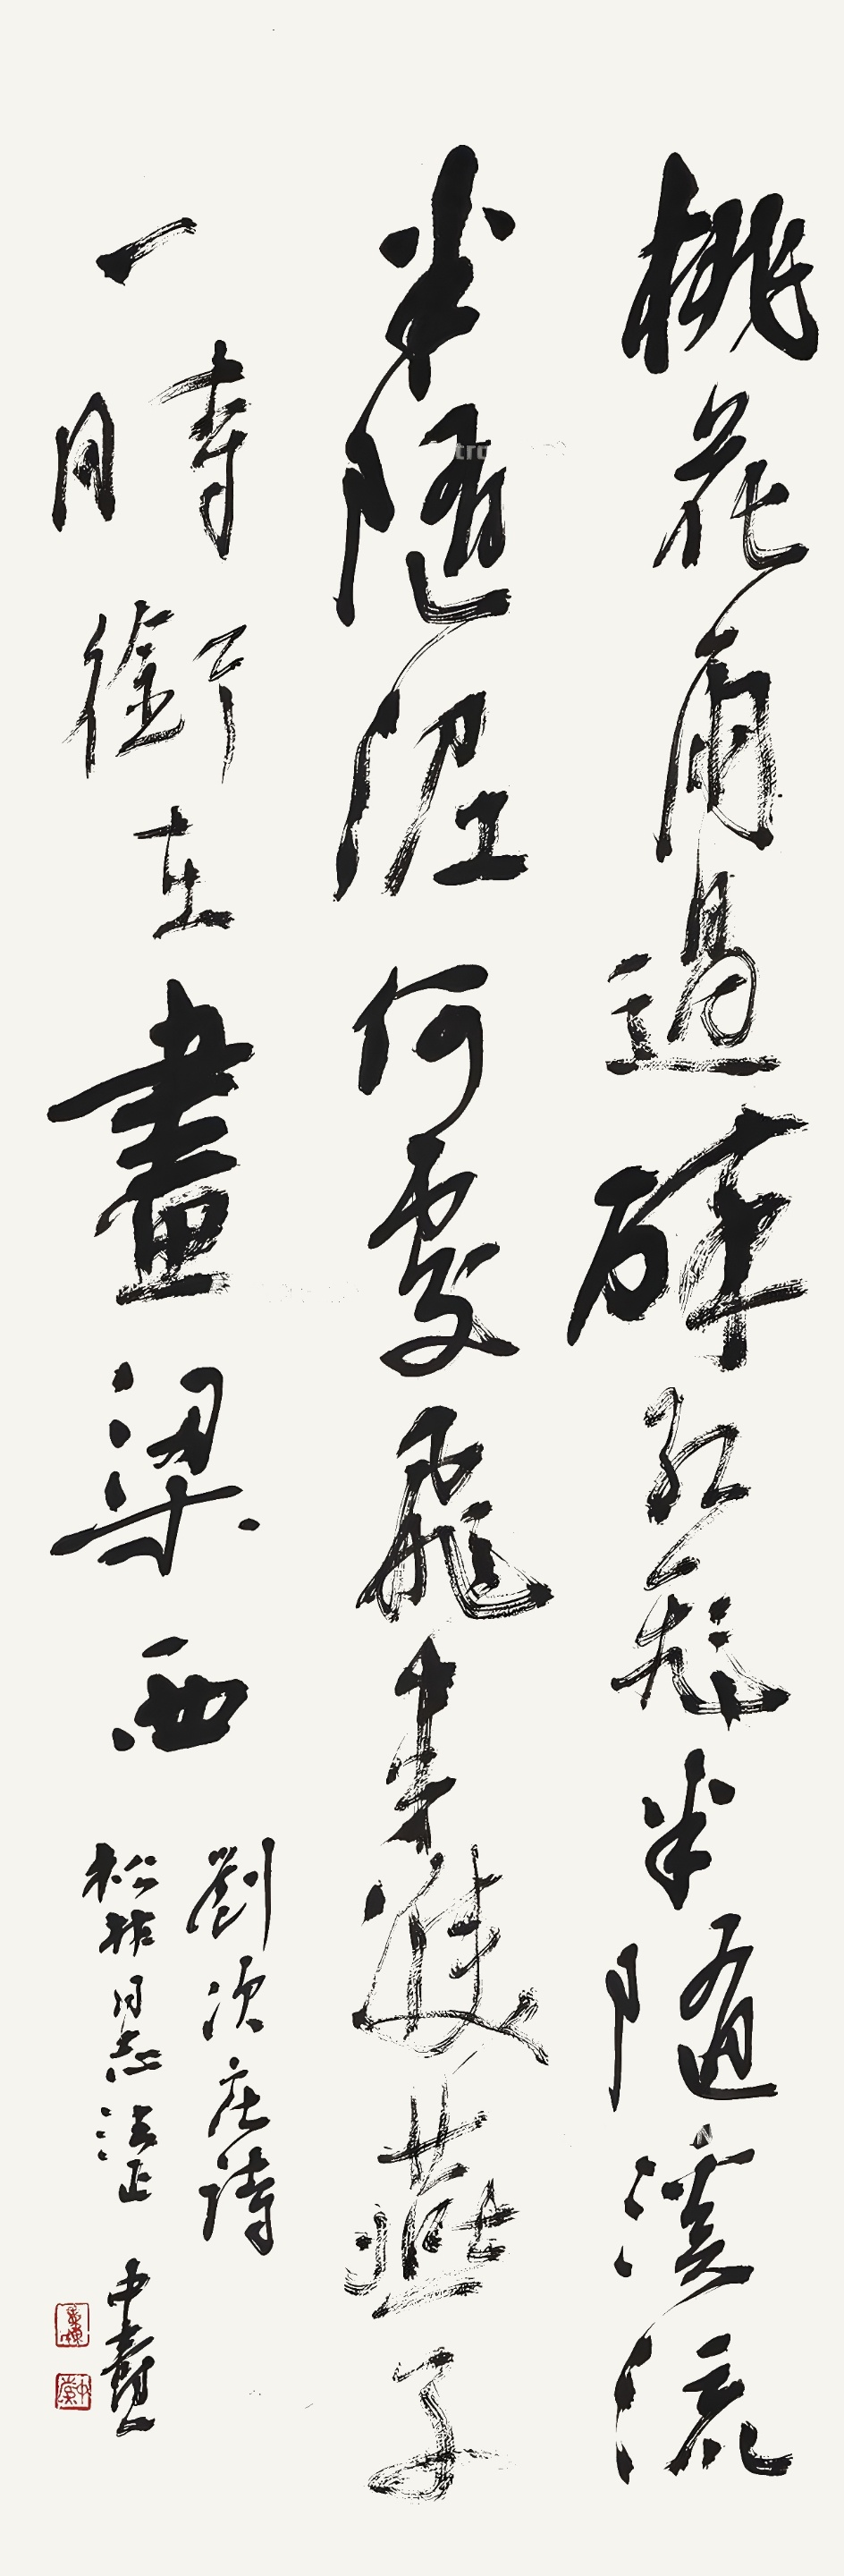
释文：桃花雨过碎红飞，半随溪流半随泥。何处飞来双燕子，一时衔在画梁西。刘次庄诗。松非同志法正。中焘。